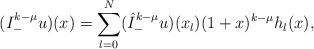
\begin{align*} (I^{k-\mu}_-u)(x)=\sum_{l=0}^N (\hat I^{k-\mu}_-u)(x_l) (1+x)^{k-\mu} h_l(x), \end{align*}